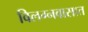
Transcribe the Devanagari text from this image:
विलग्नवासात